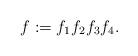
LaTeX: \begin{align*} f:=f_1f_2f_3f_4.\end{align*}